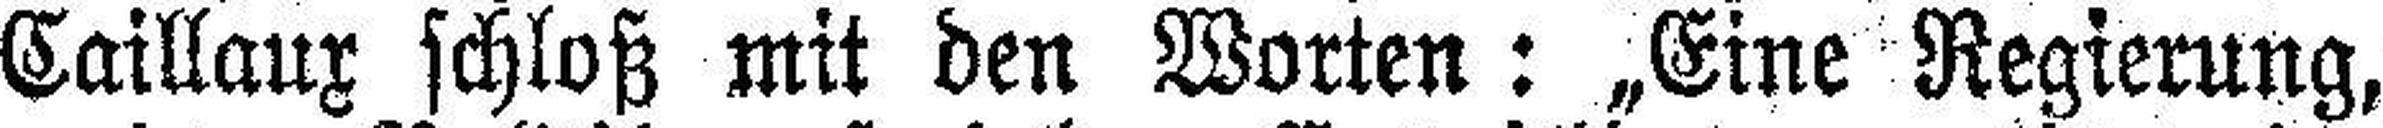
Caillaux schloß mit den Worten: „Eine Regierung,